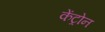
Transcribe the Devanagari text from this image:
केंट्रोन